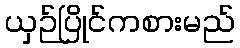
ယှဉ်ပြိုင်ကစားမည်